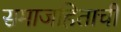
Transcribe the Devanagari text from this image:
समाजहिताची